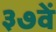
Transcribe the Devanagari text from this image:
३७वें